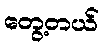
တွေ့တယ်